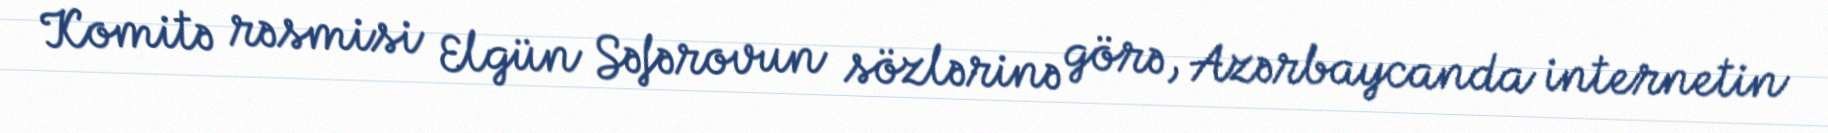
Komitə rəsmisi Elgün Səfərovun sözlərinə görə, Azərbaycanda internetin